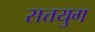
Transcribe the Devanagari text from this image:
सत्तयुग